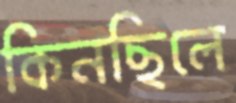
কিনছিলে